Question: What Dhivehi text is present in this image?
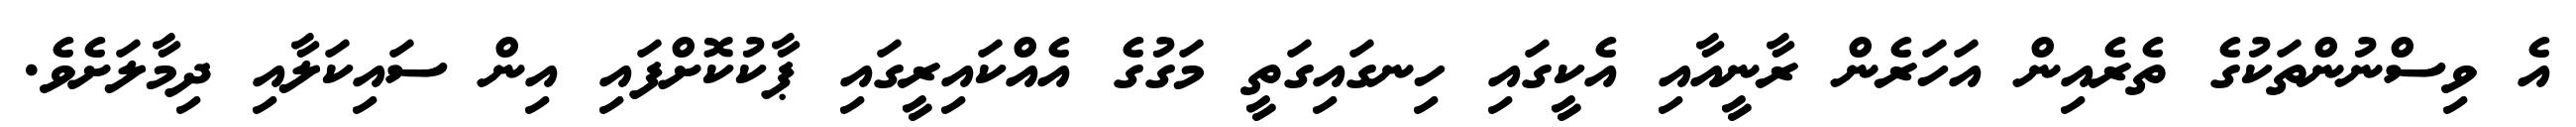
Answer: އެ ވިސްނުންތަކުގެ ތެރެއިން އަހަރެން ރާނީއާއި އެކީގައި ހިނގައިގަތީ މަގުގެ އެއްކައިރީގައި ޕާކުކޮށްފައި އިން ސައިކަލާއި ދިމާލަށެވެ.